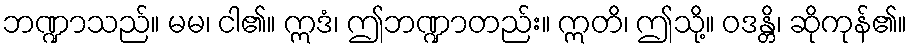
ဘဏ္ဍာသည်။ မမ၊ ငါ၏။ ဣဒံ၊ ဤဘဏ္ဍာတည်း။ ဣတိ၊ ဤသို့။ ဝဒန္တိ၊ ဆိုကုန်၏။